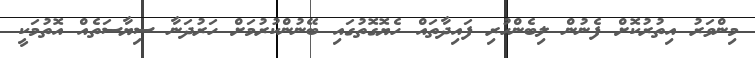
މިންވަރު އިތުރުކޮށް ފެނުން ލިބެންހުރި ފައިދާތައް ހެޔޮގޮތުގައި ބޭނުންކުރުމަށް ހަރުދަނާ ސިޔާސަތެއް އޮތުމަކީ